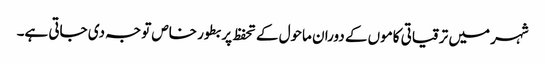
شہر میں ترقیاتی کاموں کے دوران ماحول کے تحفظ پر بطور خاص توجہ دی جاتی ہے۔